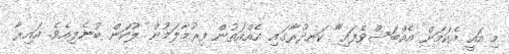
މި އައީ އެކަމަށް އެއްބަސްވެފައި" ކަނދުރާގައި އެއްއަތުން ފިރުމާލަމުން ލޫކަން ބުނެލިއެވެ. އައިރާ